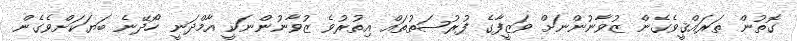
ގޮތުން ތަރައްޤީވެގެން ޒުވާނުންނަށް ވަޒީފާގެ ފުރުޞަތުތައް އިތުރުވެ ޒުވާނުންނަކީ އާމްދަނީ ހޯދޭނެ ބަޔަކަށްވެގެން